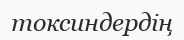
токсиндердің